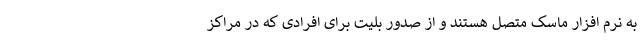
به نرم افزار ماسک متصل هستند و از صدور بلیت برای افرادی که در مراکز